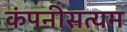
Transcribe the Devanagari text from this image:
कंपनीसत्यम